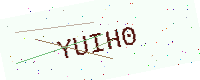
Text: YUIH0